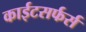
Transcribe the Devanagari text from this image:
काईटसर्फर्स